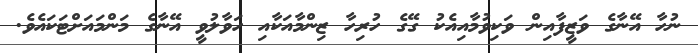
ނުހާ އޭނާގެ ވަޒީފާއިން ވަކިވުމާއިއެކު ގޭގެ ހުރިހާ ޒިންމާއަކާއި ހަވާލުވީ އޭނާގެ މަންމައަށްޓަކައެވެ.